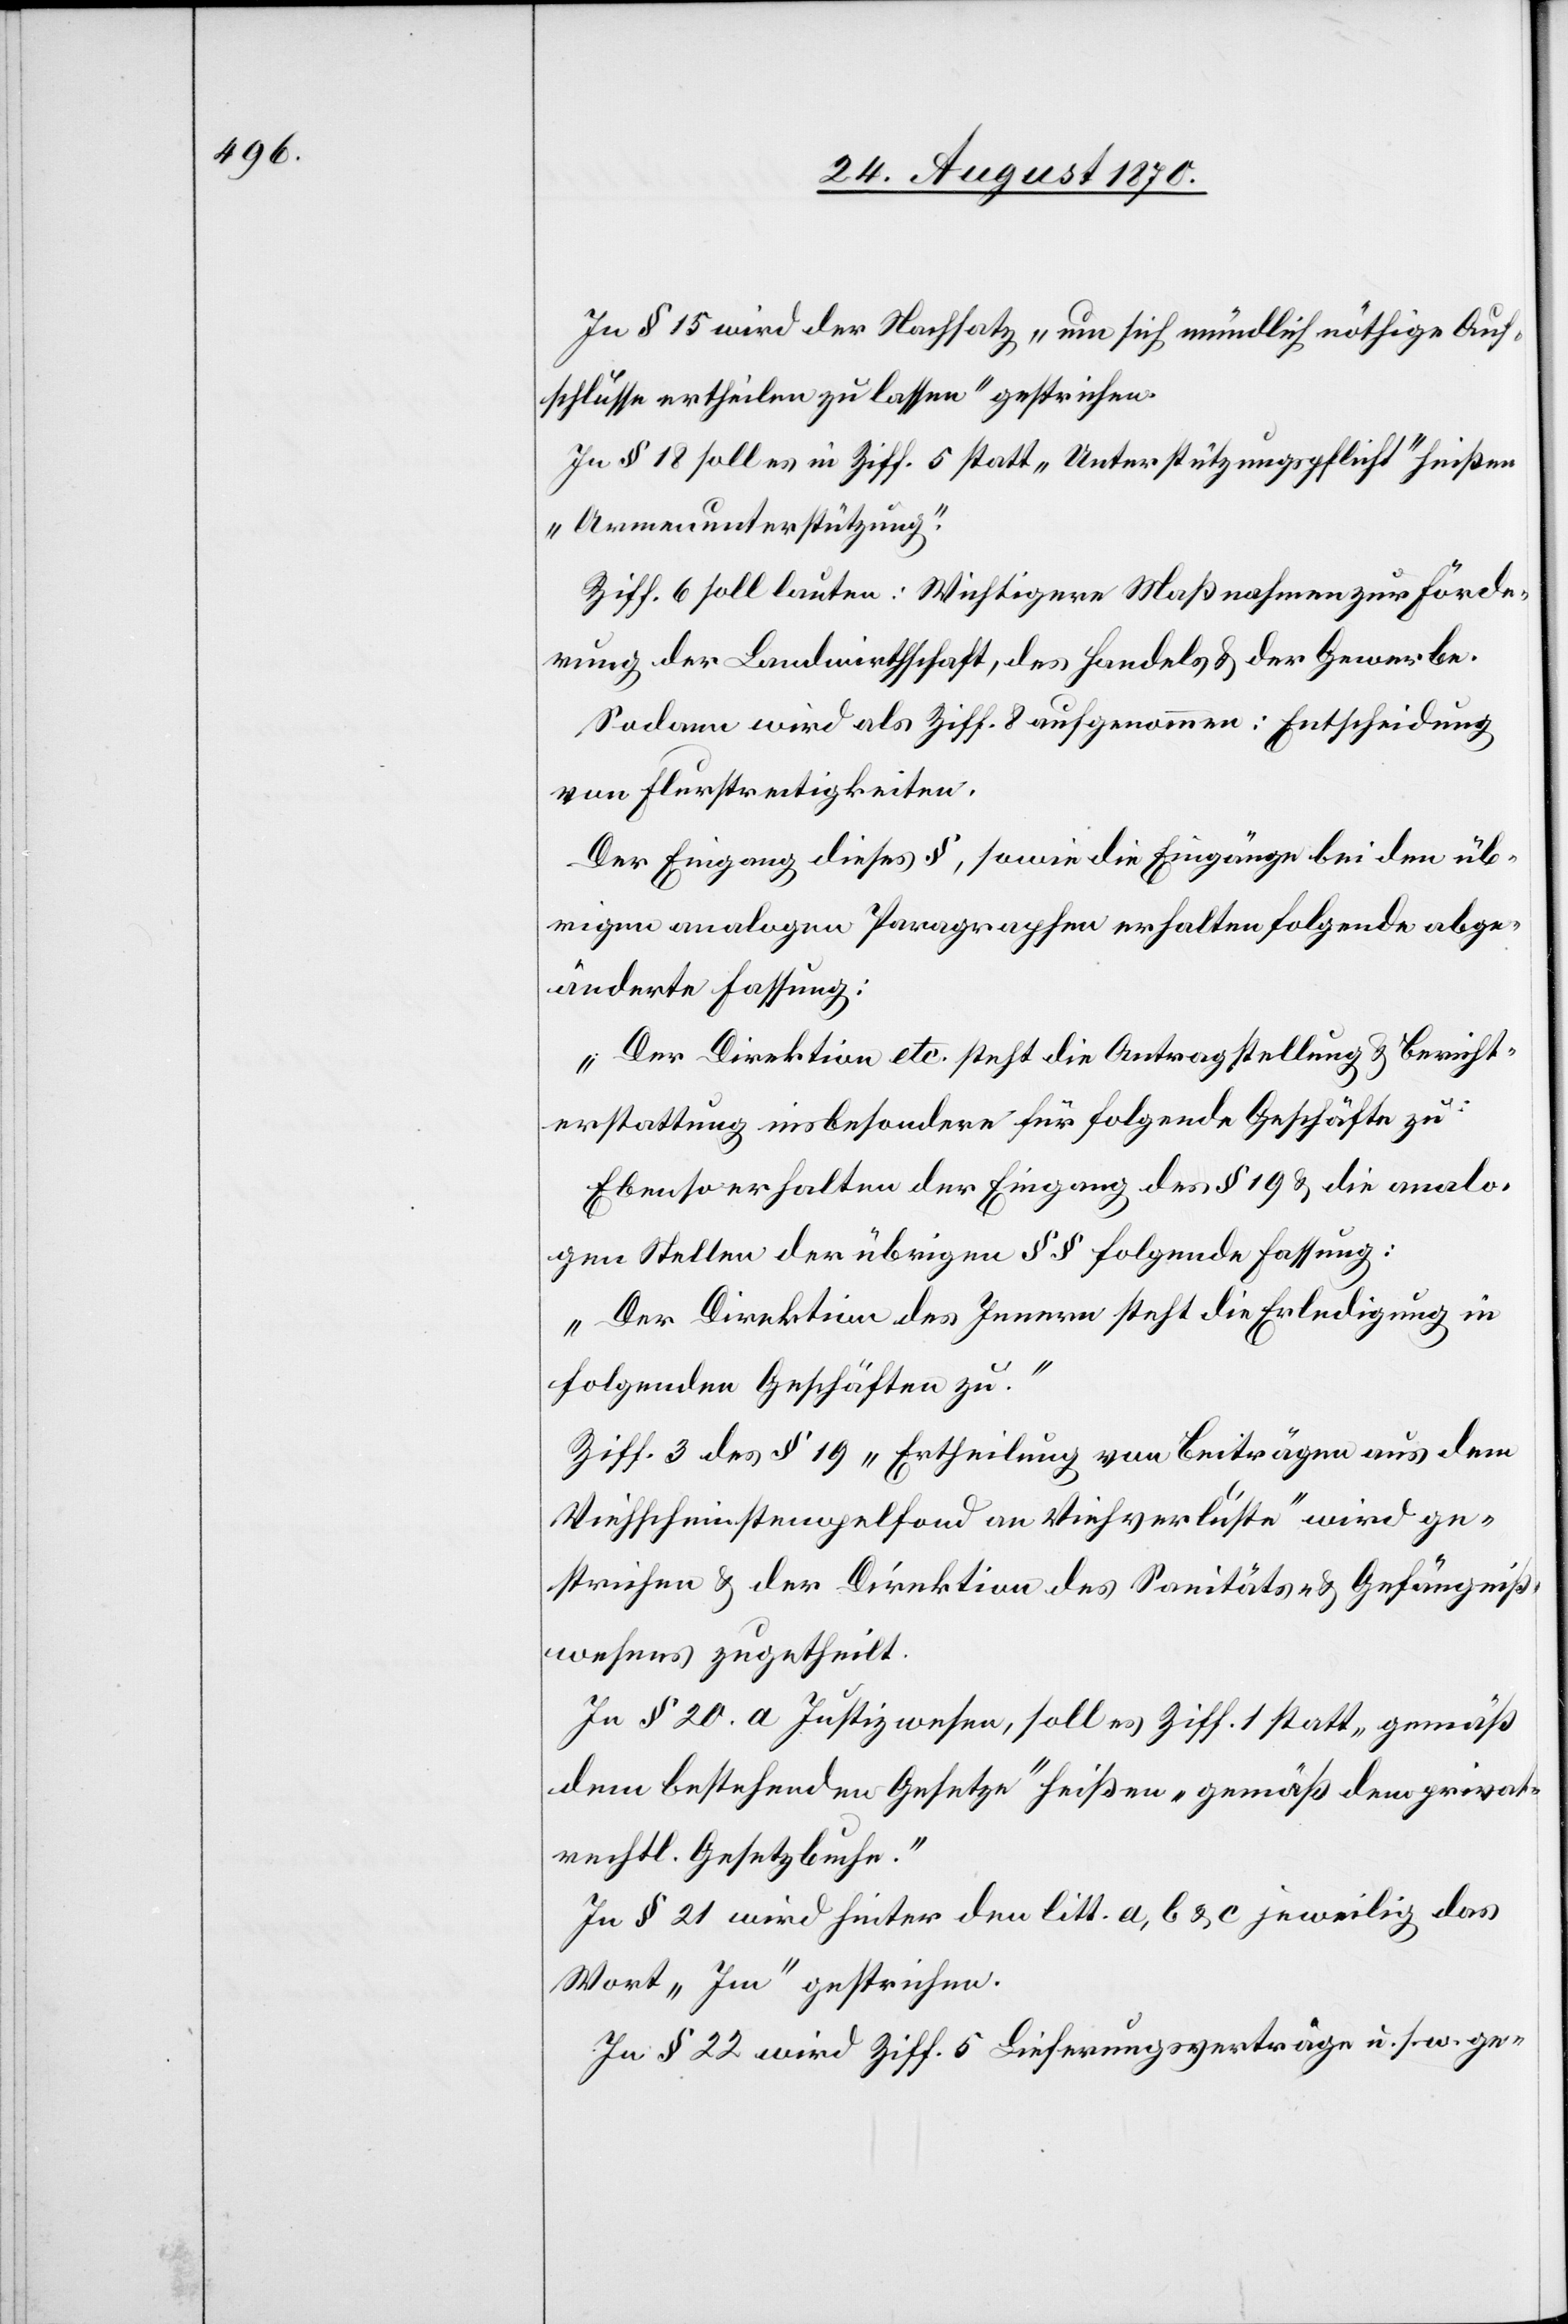
In § 15 wird der Nachsatz „um sich mündlich nöthige Auf¬
schlüsse ertheilen zu lassen“ gestrichen.
Im § 18 soll es in Ziff. 5 statt „Unterstützungspflicht“ heißen
„Armenunterstützung.“
Ziff. 6 soll lauten: Wichtigere Maßnahmen zur Förde¬
rung der Landwirthschaft, des Handels & der Gewerbe.
Sodann wird als Ziff. 8 aufgenommen: Entscheidung
von Flurstreitigkeiten.
Der Eingang dieses §, sowie die Eingänge bei den üb¬
rigen analogen Paragraphen erhalten folgende abge¬
änderte Fassung:
„Der Direktion etc. steht die Antragstellung & Bericht¬
erstattung insbesondere für folgende Geschäfte zu:“
Ebenso erhalten der Eingang des § 19 & die analo¬
gen Stellen der übrigen §§ folgende Fassung:
„Der Direktion des Innern steht die Erledigung in
folgenden Geschäften zu.“
Ziff. 3 des § 19 „Ertheilung von Beiträgen aus dem
Viehscheinstempelfond an Viehverluste“ wird ge¬
strichen & der Direktion des Sanitäts- & Gefängniß¬
wesens zugetheilt.
In § 20. a Justizwesen, soll Ziff. 1 statt „gemäß
dem bestehenden Gesetze“ heißen „gemäß dem privat¬
rechtl. Gesetzbuche.“
In § 21 wird hinter den litt. a, b & c jeweilig das
Wort „Im“ gestrichen.
In § 22 wird Ziff. 5 Lieferungsverträge u. s. w. ge-